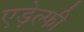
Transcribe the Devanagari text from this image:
एड़ेल्फी